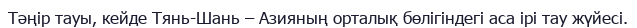
Тәңір тауы, кейде Тянь-Шань – Азияның орталық бөлігіндегі аса ірі тау жүйесі.